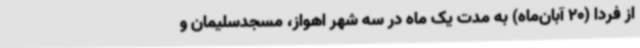
از فردا (20 آبان‌ماه) به مدت یک ماه در سه شهر اهواز، مسجدسلیمان و